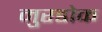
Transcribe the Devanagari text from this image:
मुरडोक